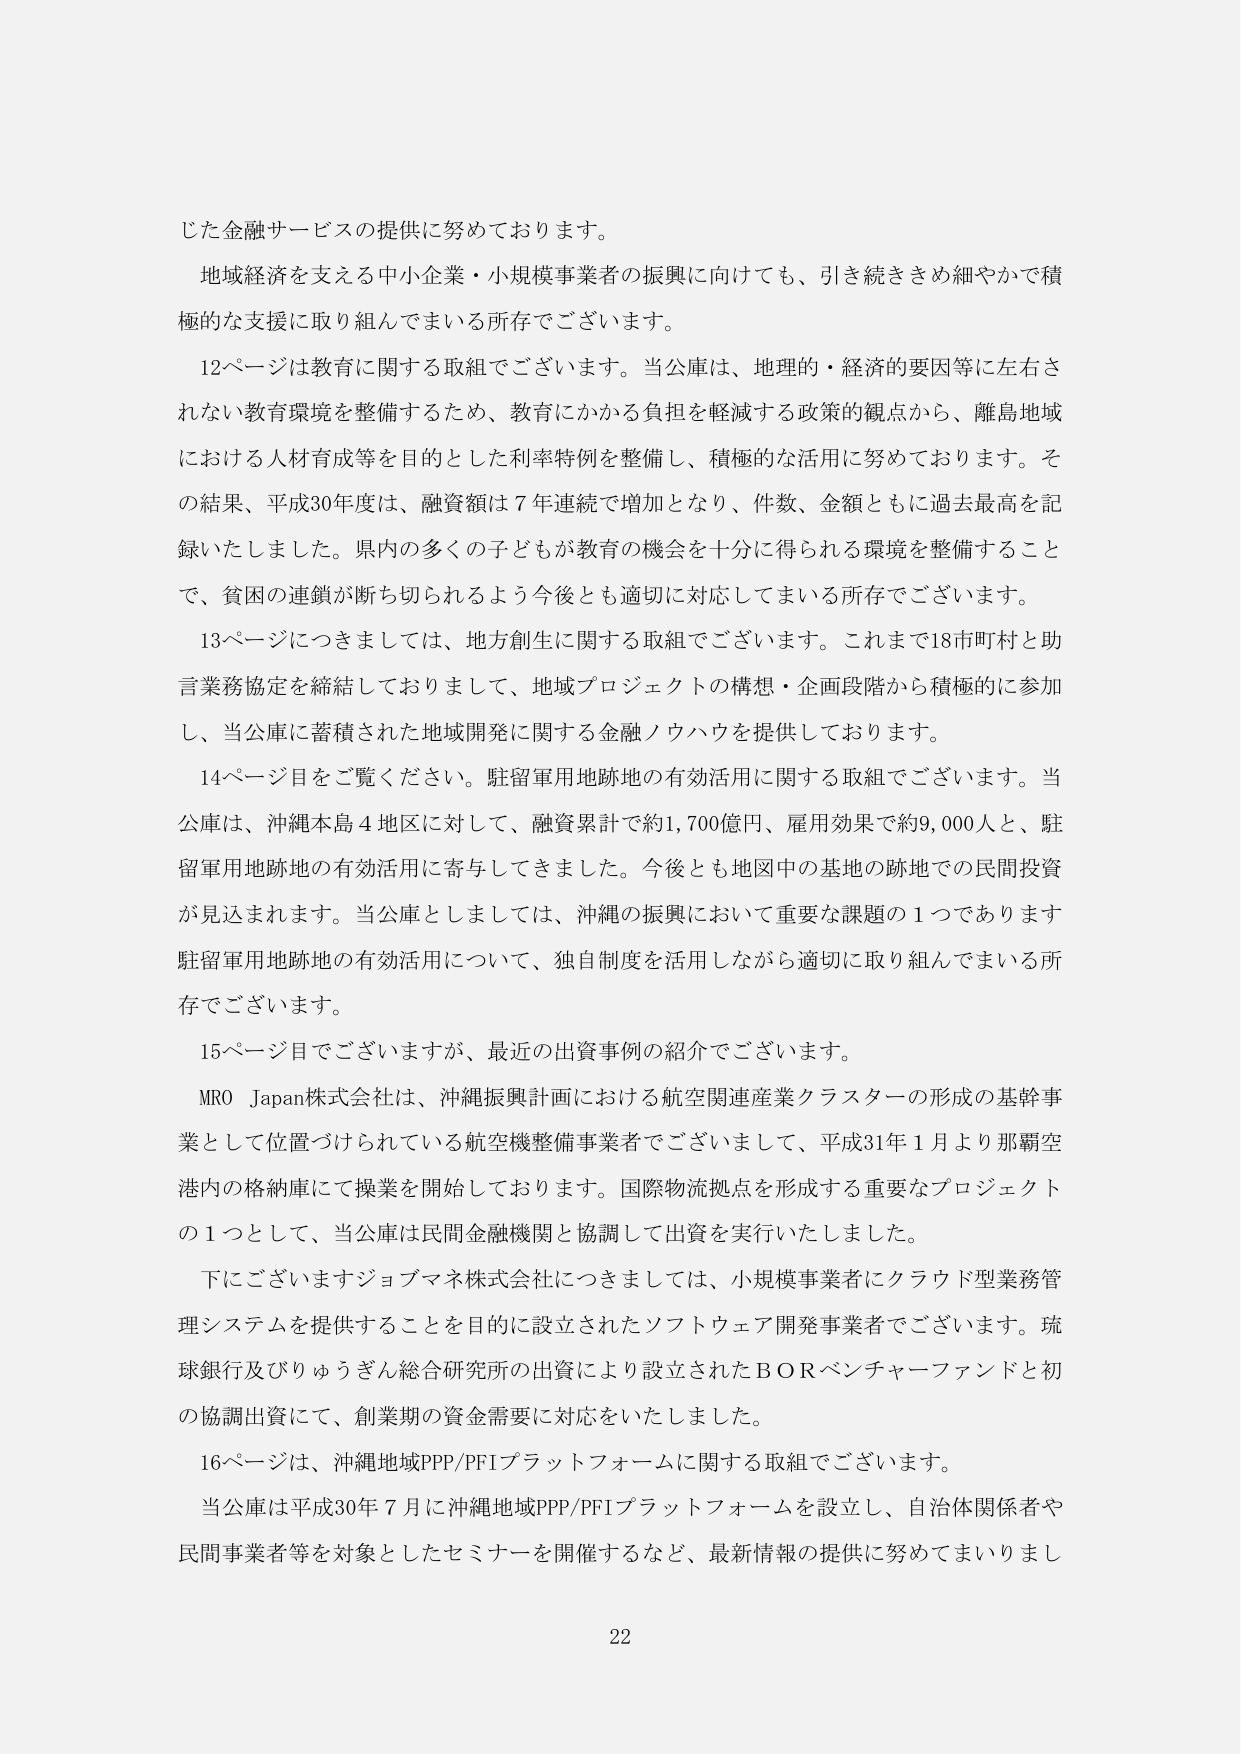
じた金融サービスの提供に努めております。

地域経済を支える中小企業・小規模事業者の振興に向けても、引き続ききめ細やかで積極的な支援に取り組んでまいる所存でございます。

12ページは教育に関する取組でございます。当公庫は、地理的・経済的要因等に左右されない教育環境を整備するため、教育にかかる負担を軽減する政策的観点から、離島地域における人材育成等を目的とした利率特例を整備し、積極的な活用に努めております。その結果、平成30年度は、融資額は7年連続で増加となり、件数、金額ともに過去最高を記録いたしました。県内の多くの子どもが教育の機会を十分に得られる環境を整備することで、貧困の連鎖が断ち切られるよう今後とも適切に対応してまいる所存でございます。

13ページにつきましては、地方創生に関する取組でございます。これまで18市町村と助言業務協定を締結しておりまして、地域プロジェクトの構想・企画段階から積極的に参加し、当公庫に蓄積された地域開発に関する金融ノウハウを提供しております。

14ページ目をご覧ください。駐留軍用地跡地の有効活用に関する取組でございます。当公庫は、沖縄本島4地区に対して、融資累計で約1,700億円、雇用効果で約9,000人と、駐留軍用地跡地の有効活用に寄与してきました。今後とも地図中の基地の跡地での民間投資が見込まれます。当公庫としましては、沖縄の振興において重要な課題の1つであります駐留軍用地跡地の有効活用について、独自制度を活用しながら適切に取り組んでまいる所存でございます。

15ページ目でございますが、最近の出資事例の紹介でございます。

MRO Japan株式会社は、沖縄振興計画における航空関連産業クラスターの形成の基幹事業として位置づけられている航空機整備事業者でございまして、平成31年1月より那覇空港内の格納庫にて操業を開始しております。国際物流拠点を形成する重要なプロジェクトの1つとして、当公庫は民間金融機関と協調して出資を実行いたしました。

下にございますジョブマネ株式会社につきましては、小規模事業者にクラウド型業務管理システムを提供することを目的に設立されたソフトウェア開発事業者でございます。琉球銀行及びりゅうぎん総合研究所の出資により設立されたBORベンチャーファンドと初の協調出資にて、創業期の資金需要に対応をいたしました。

16ページは、沖縄地域PPP/PFIプラットフォームに関する取組でございます。

当公庫は平成30年7月に沖縄地域PPP/PFIプラットフォームを設立し、自治体関係者や民間事業者等を対象としたセミナーを開催するなど、最新情報の提供に努めてまいりまし

22